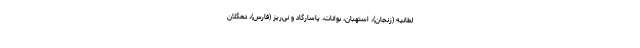
لطانیه (زنجان)، استهبان، بوانات، پاسارگاد و نی‌ریز (فارس)، دهگلان